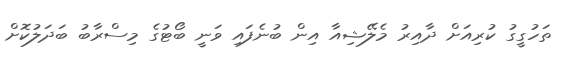
ތަހުގީގު ކުރިއަށް ދާއިރު މެލޭޝިއާ އިން ބުނެފައި ވަނީ ބޯޓުގެ މިސްރާބު ބަދަލުކޮށް